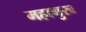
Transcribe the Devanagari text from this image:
महागुरुः